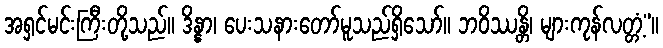
အရှင်မင်းကြီးတို့သည်။ ဒိန္နာ၊ ပေးသနားတော်မူသည်ရှိသော်။ ဘဝိဿန္တိ၊ များကုန်လတ္တံ့”။